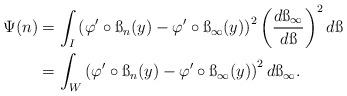
LaTeX: \begin{align*}\begin{aligned}\Psi(n)&=\int_I \left(\varphi'\circ \ss_n(y)-\varphi'\circ \ss_\infty(y)\right)^2\left(\frac{d\ss_\infty}{d\ss}\right)^2d\ss\\ &=\int_W \left(\varphi'\circ \ss_n(y)-\varphi'\circ \ss_\infty(y)\right)^2d\ss_\infty.\end{aligned}\end{align*}